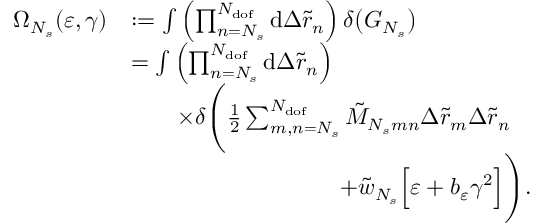
\begin{array} { r l } { \Omega _ { N _ { s } } ( \varepsilon , \gamma ) } & { : = \int { \left( \prod _ { n = N _ { s } } ^ { N _ { \mathrm { d o f } } } { \mathrm { d } \Delta \tilde { r } _ { n } } \right) \delta \big ( G _ { N _ { s } } \big ) } } \\ & { = \int { \left( \prod _ { n = N _ { s } } ^ { N _ { \mathrm { d o f } } } { \mathrm { d } \Delta \tilde { r } _ { n } } \right) } } \\ & { \qquad \times \delta \Bigg ( \frac { 1 } { 2 } \sum _ { m , n = N _ { s } } ^ { N _ { \mathrm { d o f } } } { \tilde { M } _ { N _ { s } m n } \Delta \tilde { r } _ { m } \Delta \tilde { r } _ { n } } } \\ & { \qquad \qquad \quad \qquad \qquad + \tilde { w } _ { N _ { s } } \Big [ \varepsilon + b _ { \varepsilon } \gamma ^ { 2 } \Big ] \Bigg ) . } \end{array}